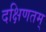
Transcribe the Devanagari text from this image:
दक्षिणतम्